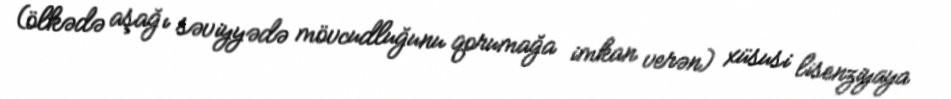
(ölkədə aşağı səviyyədə mövcudluğunu qorumağa imkan verən) xüsusi lisenziyaya